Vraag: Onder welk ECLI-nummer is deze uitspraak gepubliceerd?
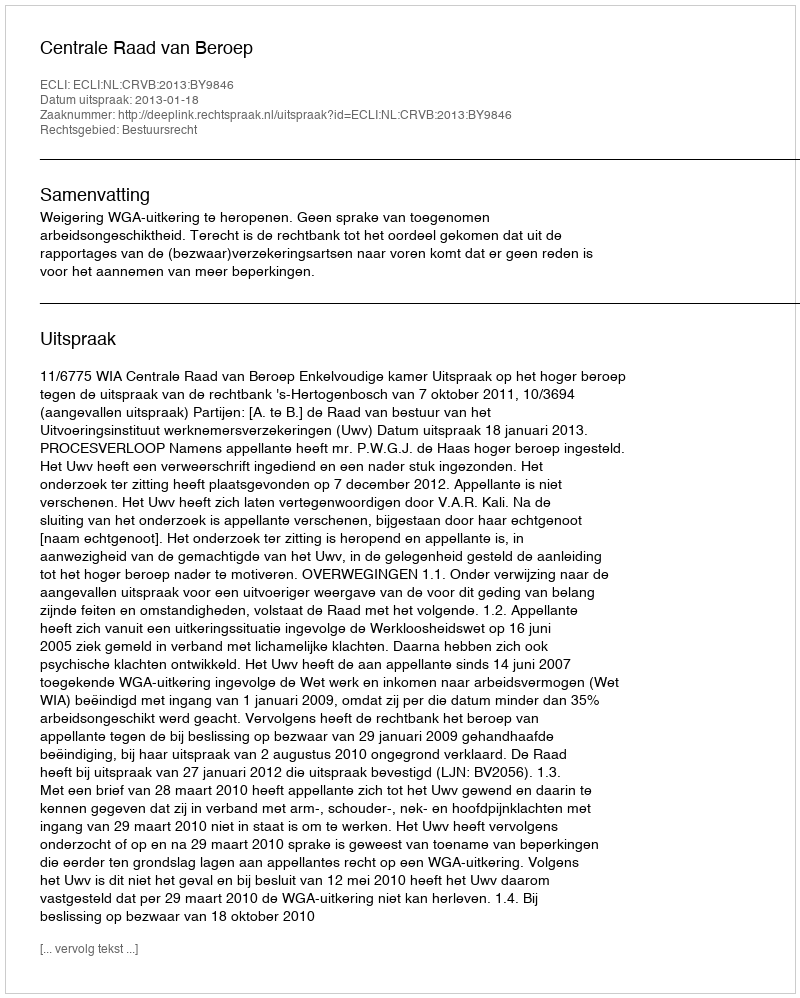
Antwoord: ECLI:NL:CRVB:2013:BY9846